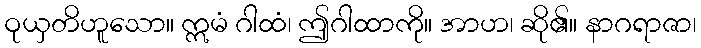
ဝုယှတိဟူသော။ ဣမံ ဂါထံ၊ ဤဂါထာကို။ အာဟ၊ ဆို၏။ နာဂရာဇာ၊